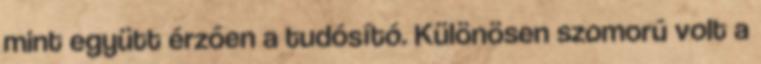
mint együtt érzően a tudósító. Különösen szomorú volt a